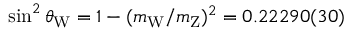
\sin ^ { 2 } \theta _ { \mathrm { W } } = 1 - ( m _ { \mathrm { W } } / m _ { \mathrm { Z } } ) ^ { 2 } = 0 . 2 2 2 9 0 ( 3 0 )